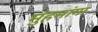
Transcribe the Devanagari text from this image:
मुंहमांगा